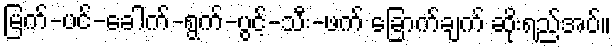
မြက်-ပင်-ခေါက်-ရွက်-ပွင့်-သီး-ဖက် ခြောက်ချက် ဆိုးရည်အပ်။